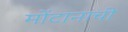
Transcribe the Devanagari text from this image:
मोंटानाची